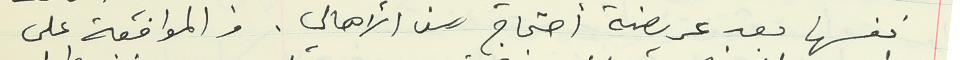
نفسها بعد عريضة أحتجاج من الأهالي. والموافقة على